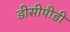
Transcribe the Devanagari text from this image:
डीसीपीडी